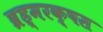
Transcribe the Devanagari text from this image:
ब्रह्मरक्षस